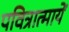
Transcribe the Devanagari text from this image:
पवित्रात्मायें